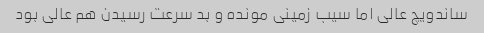
ساندویچ عالی اما سیب زمینی مونده و بد سرعت رسیدن هم عالی بود